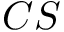
C S